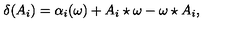
\delta ( A _ { i } ) = \alpha _ { i } ( \omega ) + A _ { i } \star \omega - \omega \star A _ { i } ,